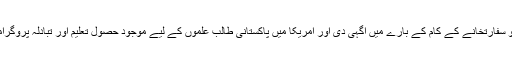
امریکی افسران نے بھی طالبعلموں کو سفارتخانے کے کام کے بارے میں آگہی دی اور امریکا میں پاکستانی طالب علموں کے لیے موجود حصول تعلیم اور تبادلہ پروگراموں کے بارے میں تفصیلات بتائیں ۔